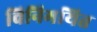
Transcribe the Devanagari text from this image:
विनिमयित